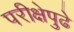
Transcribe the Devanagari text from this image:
परीक्षेपुढे